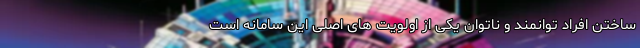
ساختن افراد توانمند و‌ ناتوان یکی از اولویت های اصلی این سامانه است